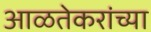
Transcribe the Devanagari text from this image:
आळतेकरांच्या